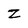
Character: Z